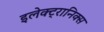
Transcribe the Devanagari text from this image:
इलेक्ट्रानिक्‍स